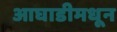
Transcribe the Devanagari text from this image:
आघाडीमधून